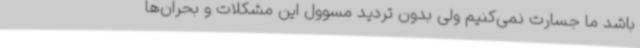
باشد ما جسارت نمی‌کنیم ولی بدون تردید مسوول این مشکلات و بحران‌ها